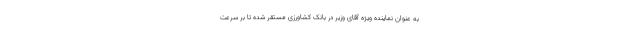
به عنوان نماینده ویژه آقای وزیر در بانک کشاورزی مستقر شده تا بر سرعت